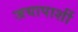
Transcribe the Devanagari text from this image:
जयापाशीं